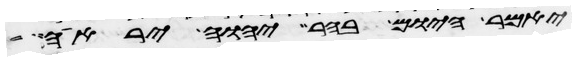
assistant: יאמר היום בהר יהוה יראה